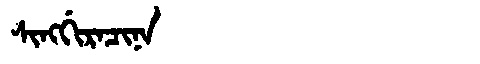
Manchu: ᠰᡳᠩᡤᡳᡵᠠᠴᡳᠨᠠ
Romanization: SINGGIRACINA